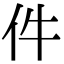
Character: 件